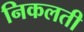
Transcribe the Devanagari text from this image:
निकलती